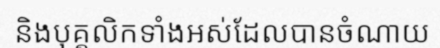
និងបុគ្គលិកទាំងអស់ដែលបានចំណាយ